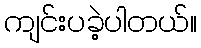
ကျင်းပခဲ့ပါတယ်။